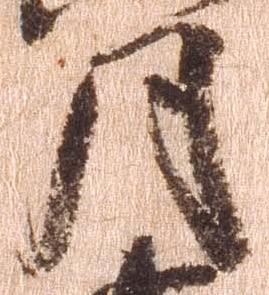
月